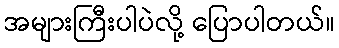
အများကြီးပါပဲလို့ ပြောပါတယ်။